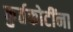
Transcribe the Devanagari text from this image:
कुर्तकोटींना